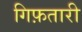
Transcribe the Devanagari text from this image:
गिफ़तारी